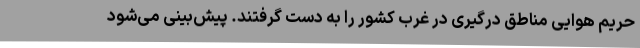
حریم هوایی مناطق درگیری در غرب کشور را به دست گرفتند. پیش‌بینی می‌شود